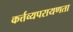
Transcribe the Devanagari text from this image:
कर्त्तव्यपरायणता